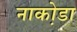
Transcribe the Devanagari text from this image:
नाका़ेडा